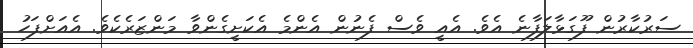
ސަރުކާރުން ފޫގަޅާލަފާނެ އެވެ. އެއީ ވެސް ފެނުން އެންމެ އެކަށީގެންވާ މަންޒަރެކެވެ. އެއަށްފަހު